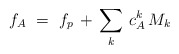
\begin{align*}f_A\ =\ f_p\, +\, \sum_k\, c^k_A\, M_k\end{align*}